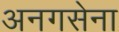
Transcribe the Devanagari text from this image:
अनगसेना